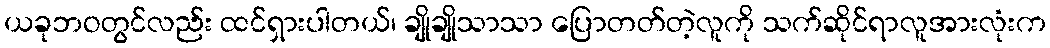
ယခုဘဝတွင်လည်း ထင်ရှားပါတယ်၊ ချိုချိုသာသာ ပြောတတ်တဲ့လူကို သက်ဆိုင်ရာလူအားလုံးက